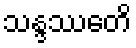
သန္ဒဿေတိ